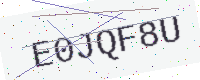
Text: E0JQF8U